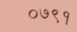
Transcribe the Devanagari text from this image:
०७९१